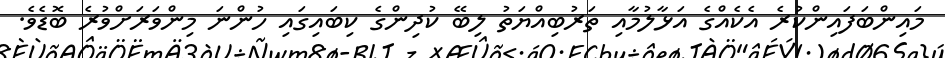
މައިންބަފައިންކުރެ އެކެއްގެ އަޅާލުމާއި ތަރުބިއްޔަތު ލިބޭ ކުދިންގެ ކިބައިގައި ހުންނަ މިންވަރަށްވުރެ ބޮޑެވެ.